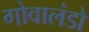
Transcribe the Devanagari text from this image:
गोवालंडो